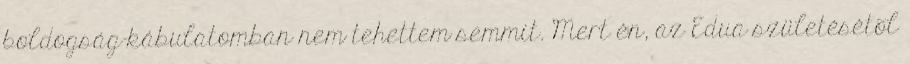
boldogság-kábulatomban nem tehettem semmit. Mert én, az Edua születésétõl